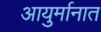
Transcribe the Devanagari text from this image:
आयुर्मानात